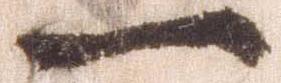
一